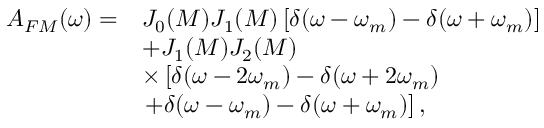
\begin{array} { r l } { A _ { F M } ( \omega ) = } & { J _ { 0 } ( M ) J _ { 1 } ( M ) \left[ \delta ( \omega - \omega _ { m } ) - \delta ( \omega + \omega _ { m } ) \right] } \\ & { + J _ { 1 } ( M ) J _ { 2 } ( M ) } \\ & { \times \left[ \delta ( \omega - 2 \omega _ { m } ) - \delta ( \omega + 2 \omega _ { m } ) \right. } \\ & { \left. + \delta ( \omega - \omega _ { m } ) - \delta ( \omega + \omega _ { m } ) \right] , } \end{array}